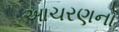
આચરણનો